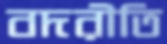
বদরীতি